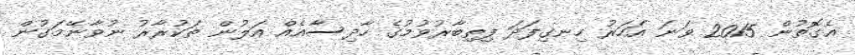
އެގޮތުން 2015 ވަނަ އަހަރު ހިނގިފަދަ ފިތިބާރުވުމުގެ ހާދިސާއެއް އަލުން ތަކުރާރު ނުވާނޭމަގުން